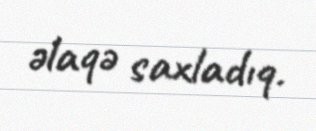
əlaqə saxladıq.